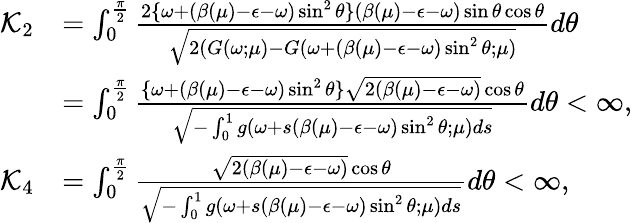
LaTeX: \begin{array}{rl}{{\mathcal K}_{2}}&{=\int_{0}^{\frac\pi 2}\frac{2\{ \omega+(\beta(\mu)-{\epsilon}-\omega)\sin^{2}\theta\} (\beta(\mu)-{\epsilon}-\omega)\sin\theta\cos\theta}{\sqrt{2(G(\omega;\mu)-G(\omega+(\beta(\mu)-{\epsilon}-\omega)\sin^{2}\theta;\mu)}}d\theta}\\ &{=\int_{0}^{\frac\pi 2}\frac{\{ \omega+(\beta(\mu)-{\epsilon}-\omega)\sin^{2}\theta\} \sqrt{2(\beta(\mu)-{\epsilon}-\omega)}\cos\theta}{\sqrt{-\int_{0}^{1}g(\omega+s(\beta(\mu)-{\epsilon}-\omega)\sin^{2}\theta;\mu)ds}}d\theta<\infty,}\\ {{\mathcal K}_{4}}&{=\int_{0}^{\frac\pi 2}\frac{\sqrt{2(\beta(\mu)-{\epsilon}-\omega)}\cos\theta}{\sqrt{-\int_{0}^{1}g(\omega+s(\beta(\mu)-{\epsilon}-\omega)\sin^{2}\theta;\mu)ds}}d\theta<\infty,}\end{array}